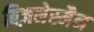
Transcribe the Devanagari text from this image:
बिज़नेस्मैन